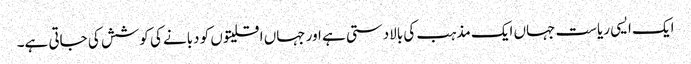
ایک ایسی ریاست جہاں ایک مذہب کی بالادستی ہے اور جہاں اقلیتوں کو دبانے کی کوشش کی جاتی ہے۔